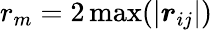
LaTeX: {r_{m}}=2\operatorname*{max}(\left|\boldsymbol{r}_{ij}\right|)